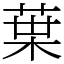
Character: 𫟒